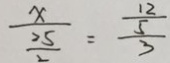
\frac { x } { \frac { 2 5 } { 2 } } = \frac { \frac { 1 2 } { 5 } } { 3 }